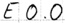
Text: E0.0